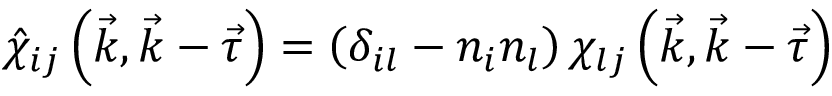
\hat { \chi } _ { i j } \left( \vec { k } , \vec { k } - \vec { \tau } \right) = \left( \delta _ { i l } - n _ { i } n _ { l } \right) \chi _ { l j } \left( \vec { k } , \vec { k } - \vec { \tau } \right)